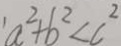
a ^ { 2 } + b ^ { 2 } < c ^ { 2 }